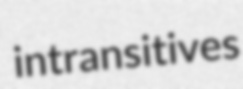
intransitives